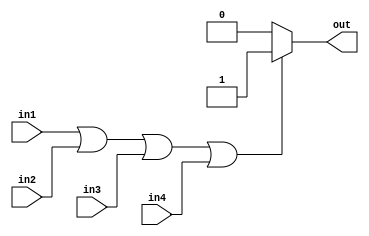
module four_input_OR_gate (
    input wire in1,
    input wire in2,
    input wire in3,
    input wire in4,
    output reg out
);

always @* begin
    if (in1 || in2 || in3 || in4) begin
        out = 1;
    end else begin
        out = 0;
    end
end

endmodule